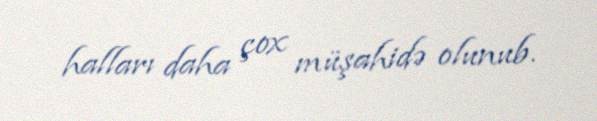
halları daha çox müşahidə olunub.